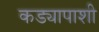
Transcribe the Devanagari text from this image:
कड्यापाशी